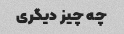
چه چیز دیگری